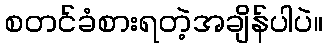
စတင်ခံစားရတဲ့အချိန်ပါပဲ။